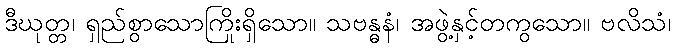
ဒီဃုတ္တ၊ ရှည်စွာသောကြိုးရှိသော။ သဗန္ဓနံ၊ အဖွဲ့နှင့်တကွသော။ ဗလိသံ၊